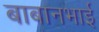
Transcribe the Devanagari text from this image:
बाबानभाई